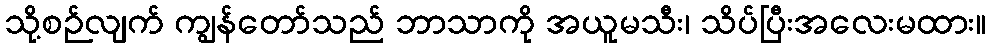
သို့စဉ်လျက် ကျွန်တော်သည် ဘာသာကို အယူမသီး၊ သိပ်ပြီးအလေးမထား။